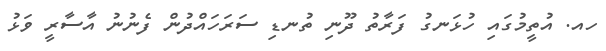
ހއ. އުތީމުގައި ހުޅަނގު ފަރާތު ދޫނި ތުނޑި ސަރަހައްދުން ފެނުނު އާސާރީ ވަޅު